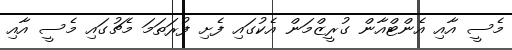
މެސީ އާއި އެންޓްއާން ގުރީޒްމަން އެކުގައި ފެށި ފުރަތަމަ މެޗުގައި މެސީ އާއި